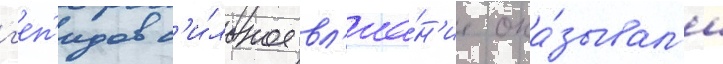
г'еп'идов с'и́льное вл'иа́н'ие ока́зывал'и